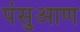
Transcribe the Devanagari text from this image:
पंसुआण